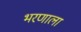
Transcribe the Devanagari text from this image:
भरणाला